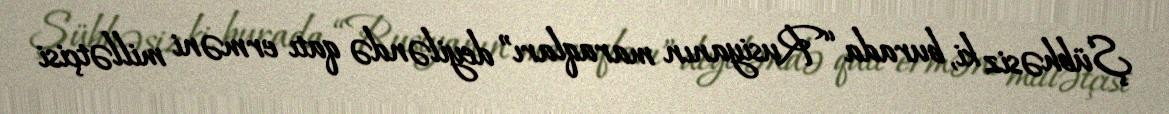
Şübhəsiz ki, burada “Rusiyanın maraqları” deyiləndə qatı erməni millətçisi